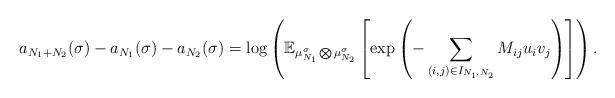
LaTeX: \begin{align*} a_{N_1+N_2}(\sigma) - a_{N_1}(\sigma) - a_{N_2}(\sigma) =\log \left( \mathbb{E}_{\mu_{N_1} ^{\sigma} \bigotimes \mu_{N_2} ^{\sigma}} \left[ \exp \left( - \sum_{(i, j) \in I_{N_1,N_2}} M_{ij} u_i v_j \right) \right] \right). \end{align*}